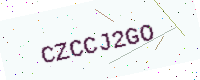
Text: CZCCJ2GO